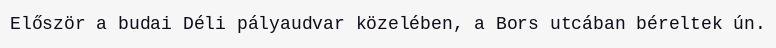
Először a budai Déli pályaudvar közelében, a Bors utcában béreltek ún.